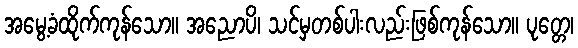
အမွေ့ခံထိုက်ကုန်သော။ အညောပိ၊ သင်မှတစ်ပါးလည်းဖြစ်ကုန်သော။ ပုတ္တေ၊